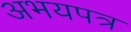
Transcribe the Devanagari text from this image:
अभयपत्र